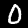
Label: 0